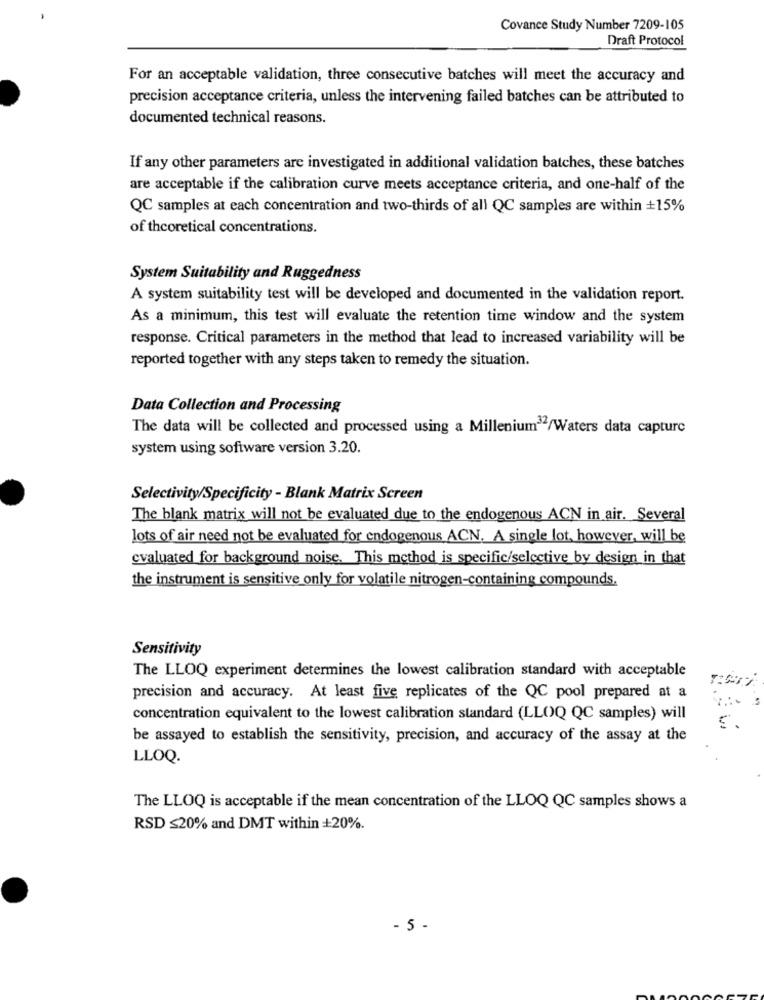
Covance Study Number 7209-105
Draft Protocol
For an acceptable validation, three consecutive batches will meet the accuracy and
precision acceptance criteria, unless the intervening failed batches can be attributed to
documented technical reasons.
If any other parameters are investigated in additional validation batches, these batches
are acceptable if the calibration curve meets acceptance criteria, and one-half of the
QC samples at each concentration and two-thirds of all QC samples are within +15%
of theoretical concentrations.
System Suitability and Ruggedness
A system suitability test will be developed and documented in the validation report.
As a minimum, this test will evaluate the retention time window and the system
response. Critical parameters in the method that lead to increased variability will be
reported together with any steps taken to remedy the situation.
Data Collection and Processing
The data will be collected and processed using a Millenium/Waters data capture
system using software version 3.20.
Selectivity/Specificity - Blank Matrix Screen
The blank matrix will not be evaluated due to the endogenous ACN in air. Several
lots of air need not be evaluated for endogenous ACN. A single lot, however, will be
evaluated for background noise. This method is specific/selective by design in that
the instrument is sensitive only for volatile nitrogen-containing compounds.
Sensitivity
The LLOQ experiment determines the lowest calibration standard with acceptable
precision and accuracy. At least five replicates of the QC pool prepared at a
concentration equivalent to the lowest calibration standard (LLOQ QC samples) will
5.
be assayed to establish the sensitivity, precision, and accuracy of the assay at the
LLOQ.
The LLOQ is acceptable if the mean concentration of the LLOQ QC samples shows a
RSD ≤20% and DMT within +20%.
- 5 -